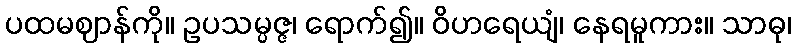
ပထမဈာန်ကို။ ဥပသမ္ပဇ္ဇ၊ ရောက်၍။ ဝိဟရေယျံ၊ နေရမူကား။ သာဓု၊